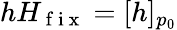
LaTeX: hH_{\mathrm{~f~i~x~}}=[h]_{p_{0}}